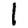
Digit: 1